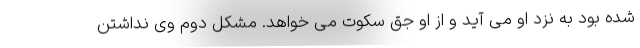
شده بود به نزد او می آید و از او جق سکوت می خواهد. مشکل دوم وی نداشتن